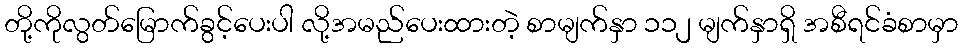
တို့ကိုလွတ်မြောက်ခွင့်ပေးပါ လို့အမည်ပေးထားတဲ့ စာမျက်နှာ ၁၁၂ မျက်နှာရှိ အစီရင်ခံစာမှာ